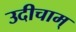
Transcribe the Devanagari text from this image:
उदीचाम्